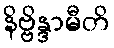
နိဗ္ဗိန္ဒာမီတိ